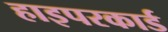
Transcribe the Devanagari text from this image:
हाइपरकार्ड